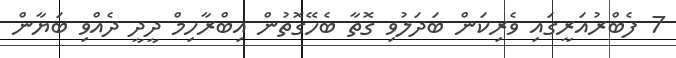
7 ފެބްރުއަރީގައި ވެރިކަން ބަދަލުވި ގޮތާ ބެހޭގޮތުން އިބްރާހިމް ދީދީ ދެއްވި ބަޔާން